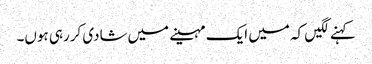
کہنے لگیں کہ میں ایک مہینے میں‌شادی کررہی ہوں۔